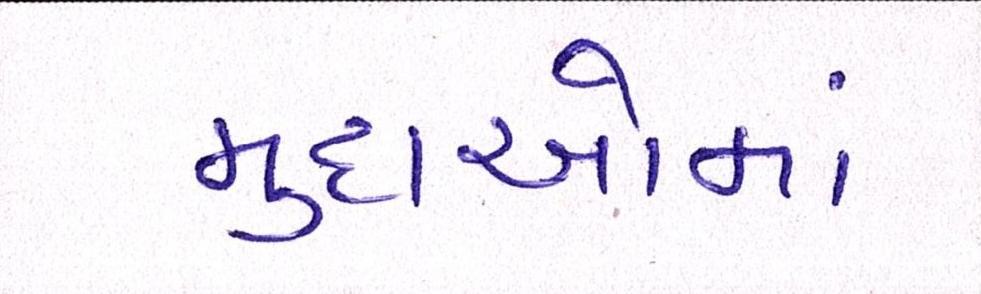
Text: મુદાઓમાં